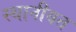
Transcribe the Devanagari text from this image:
स्थानीयत